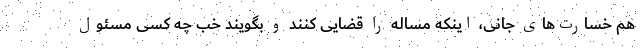
هم خسارت‌های جانی، اینکه مساله را قضایی کنند و بگویند خب چه کسی مسئول